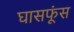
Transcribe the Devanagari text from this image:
घासफूंस